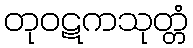
တုဝဋကသုတ္တံ